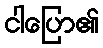
ငါပြော၏